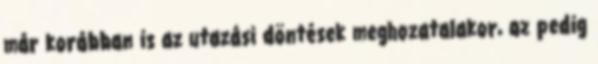
már korábban is az utazási döntések meghozatalakor, az pedig